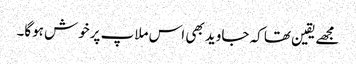
مجھےیقین تھا کہ جاوید بھی اس ملاپ پرخوش ہوگا۔